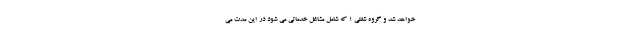
خواهد شد و گروه شغلی ۱ که شامل مشاغل خدماتی می شود در این مدت می